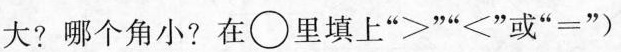
大?哪个角小?在\circ 里填上”>””<”或”=”)